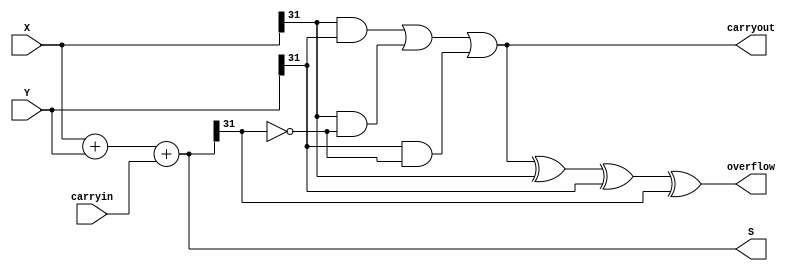
// This program was cloned from: https://github.com/haojunliu/OpenFPGA
// License: BSD 2-Clause "Simplified" License

/* This is an nbit adder using parameter and over flow and carry out signals */

module bm_DL_nbit_adder_with_carryout_and_overflow (carryin, X, Y, S, carryout, overflow);
	parameter n = 6'b100000;
	input carryin;
	input [n-1:0] X, Y;
	output [n-1:0] S;
	output carryout, overflow;
	reg [n-1:0] S;
	reg carryout, overflow;
	
	always @(X or Y or carryin)
	begin
		S = X + Y + carryin;
		carryout = (X[n-1] & Y[n-1]) | (X[n-1] & ~S[n-1]) | (Y[n-1] & ~S[n-1]);
		overflow = carryout ^ X[n-1] ^ Y[n-1] ^ S[n-1];
	end

endmodule